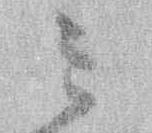
ミ